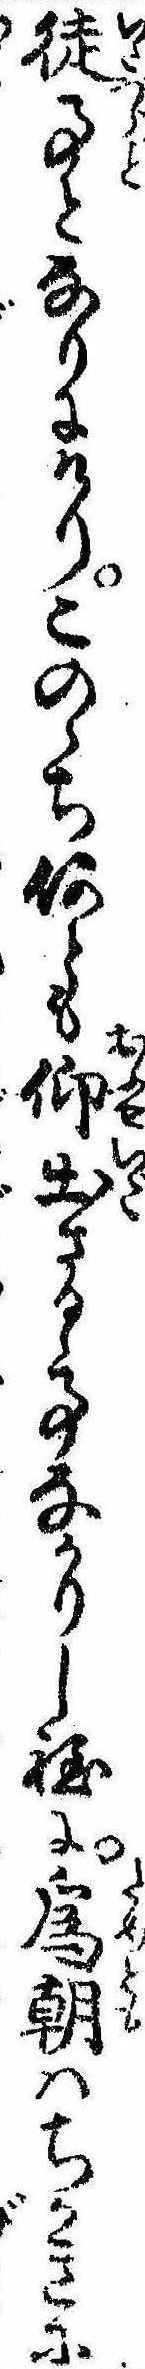
徒事となりにけりこのゝち何とも仰出さるゝ事なかりし程に為朝はちかきに